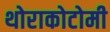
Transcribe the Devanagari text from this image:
थोराकोटोमी